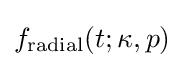
f_{\text{radial}}(t;\kappa ,p)